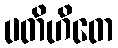
ပတိဟိတေ